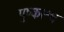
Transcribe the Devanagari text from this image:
पुष्करश्च